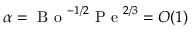
\alpha = \mathrm { ~ B ~ o ~ } ^ { - 1 / 2 } \mathrm { ~ P ~ e ~ } ^ { 2 / 3 } = O ( 1 )